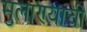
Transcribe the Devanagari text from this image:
मुलाण्याची